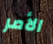
الأمر